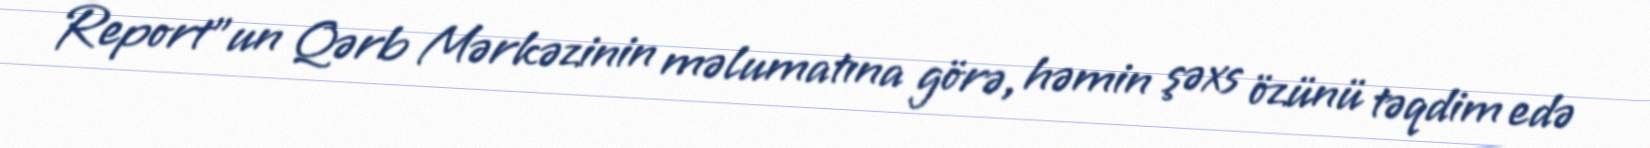
Report"un Qərb Mərkəzinin məlumatına görə, həmin şəxs özünü təqdim edə